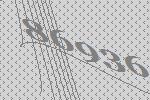
86936